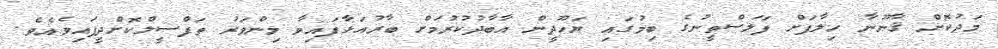
މަދުކޮށް ޤާނޫނާ ޚިލާފަށް ފަލަސްތީނުގެ ބިމުގައި ޔަހޫދީން އާބާދުކުރުމަށް ބާރުއަޅާފައިވާ މިންވަރު ތަފްސީލްކޮށްދީފައިވެއެވެ.